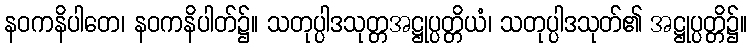
နဝကနိပါတေ၊ နဝကနိပါတ်၌။ သတုပ္ပါဒသုတ္တအဋ္ဌုပ္ပတ္တိယံ၊ သတုပ္ပါဒသုတ်၏ အဋ္ဌုပ္ပတ္တိ၌။